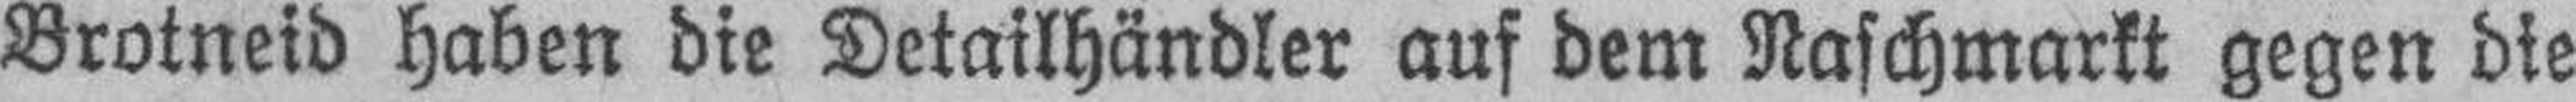
Brotneid haben die Detailhändler auf dem Naschmarkt gegen die